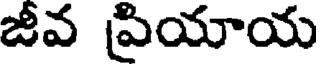
జీవ ప్రియాయ